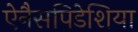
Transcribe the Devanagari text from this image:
ऐनैसपिडेशिया